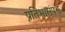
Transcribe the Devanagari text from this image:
प्रतिभासंपझ